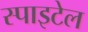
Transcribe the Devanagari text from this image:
स्पाइटेल